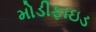
મોડીફાઇડ